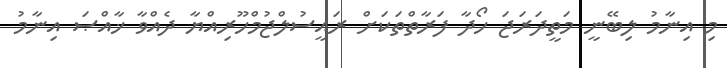
މި އިނާމު ލިބޭނީ މަތީދަރަޖަ ހޯދާ ފަރާތްތަކަށް ރައީސުލްޖުމްހޫރިއްޔާ ދެއްވާ ޚާއްޞަ އިނާމު